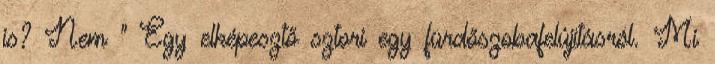
is? Nem " Egy elképesztő sztori egy fürdőszobafelújításról. Mi